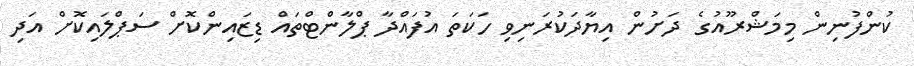
ކުންފުނިން މިމަޝްރޫއުގެ ދަށުން އިޔާދަކުރަނިވި ހަކަތަ އުފައްދާ ޕްލާންޓްތައް ޑިޒައިންކޮށް ސަޕްލައިކޮށް އަދި